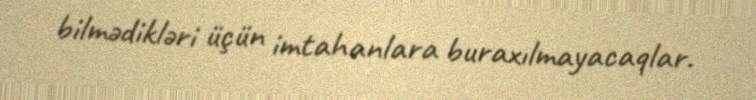
bilmədikləri üçün imtahanlara buraxılmayacaqlar.